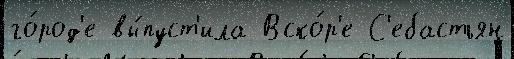
го́род'е вы́пуст'ила Вско́р'е С'ебастьян